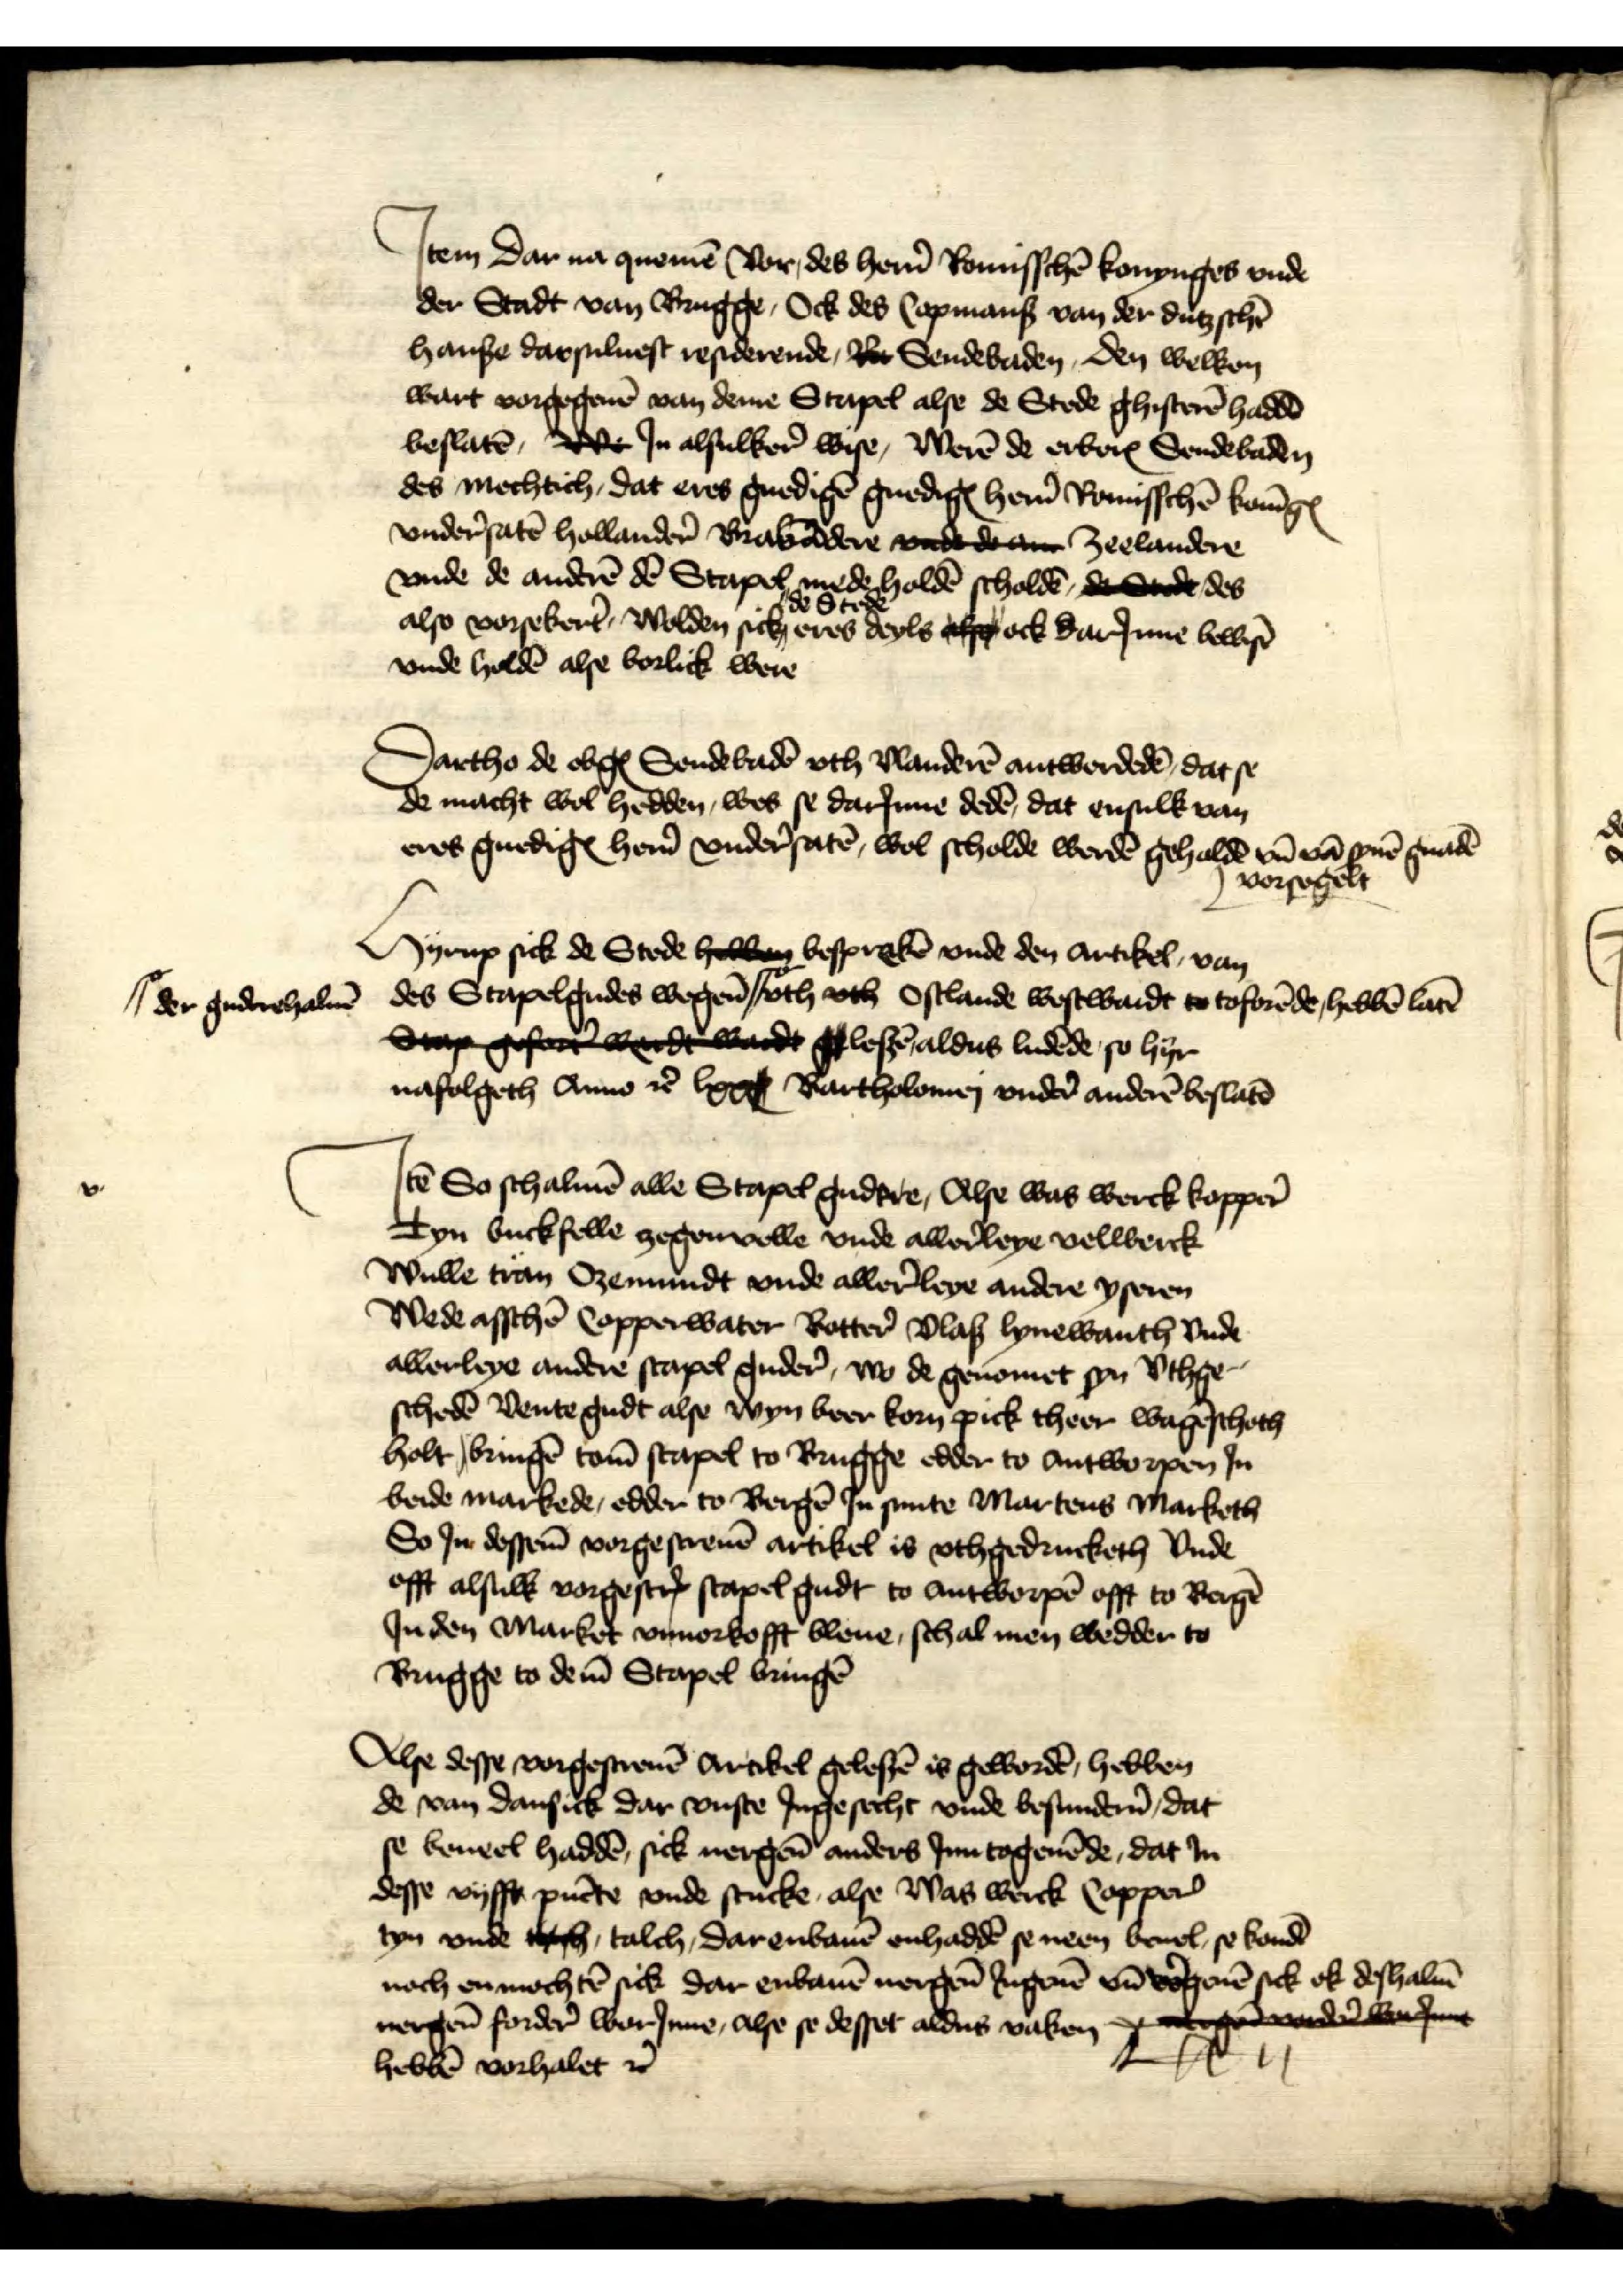
Jtem Dar na quemē vor des her̉n Romisschē konynghes vnde
der Stadt van Brugge, Ock des Copmans van der dutzschē
hanse darseluest residerende, vor Sendebaden Den welken
wart vorgegeuē van deme Stapel alse de Stede ghisterē haddē
beslatē, We Jn alsulker̉ wise, werē de erben̄ Sendebaden
des mechtich, dat eres gnedigē gnedigꝬ her̉n Romisschē konīghe
vnder̉satē Hollander̉ Brabāden undt dern Zeelandere
vnde de anderē dē Stapel mede holdē scholdē der Stede des
also vorsekert̉, wolden sick de Stede eres deyles alse ock DarJnnen bewisē
vnde holdē alse borlick were

Dartho de obgeꝬ Sendebadē vth Vlanderē antwordedē, dat se
de macht, wol hedden, was de darJnne dedē, dat ensulk van
eres gnedigꝬ her̉n vnder̉satē, wol scholde werdē geholdē vn̄ vā synē gnadē vorsegelt

Hyrup sick de Stede hebben besprakē vnde den Artikel van
des Stapelgudes wegen̄ der guderehaluē vth vth Ostlande westwardt to toforēde de, hebbē latē
lesē alsdus ludēde so hyr 
nafolgeth Anno et̉ lxxx Bartholomej vnder̉ anderē beslatē

Jꝷ So schalmē alle Stapel gudere, Alse was werck, kopper̉
Tyn, buckfelle, zegenwolle vnde aller̉leye velwerck
Wulle, tran, Ozemundt und aller̉leye andere yseren
Wede, asschē copperwater, Botter̉, Vlaß, lynebranth vnde
allerleye andere stapel guder̉, wo de genomet son Vthge¬
schedē Vente gudt alse wyn beer korn pick theer wagēschoth
holt bringē tom̄ stapel to Brugge edder to Antworpen Jn
bede markede, edder to Bergē Jn sunte Martens Marketh
So Jn dessem̄ vorgescreuē artikel is vthgedrucketh vnde
offt alsulk vorgescrꝬ stapel gudt to Antworpē offt to Bergē
Jn den Market unvorkofft bleue, schal men wedder to
Bruggge to dem̄ Stapel bringē

Alse desse vorgescreuē Artikel gelesē is gewordē, hebben
de van Dansick dar vuste Jngesecht vnde besunder̉n, dat
se beuel haddē, sick nergen̄ anders Jnn togeuēde, dat in
desse vyff pūcte vnde stucke, alse was werck Copper̉
tyn vnde talch talch, Dar enbauē enhaddē se neen beuel, so kondē
noch en mochtē sick dar enbauē nergen̄ Jngeuē vn̄ vogeuē sick ok deshaluē
nergen̄ forder̉ warJnne, alse se desset aldus vaken wegewade kafme
hebbē vorhalet et̉